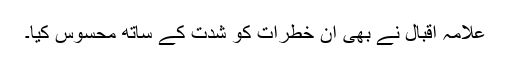
علامہ اقبال نے بھی ان خطرات كو شدت كے ساتھ محسوس كیا۔